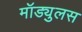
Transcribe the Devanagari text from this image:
मॉड्युलस